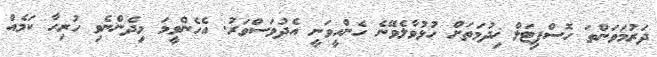
ދަރުމަވަންތަ ހޮސްޕިޓަލް ޚިދުމަތަށް ހުޅުވާލެވޭނެ ހެންހީވަނީ އެދުވަސްވަރު. އެހެންވީމަ މިދެންނެވި ހުރިހާ ކަމެއް